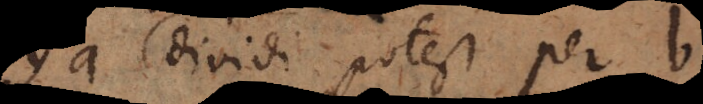
dividi potest per b